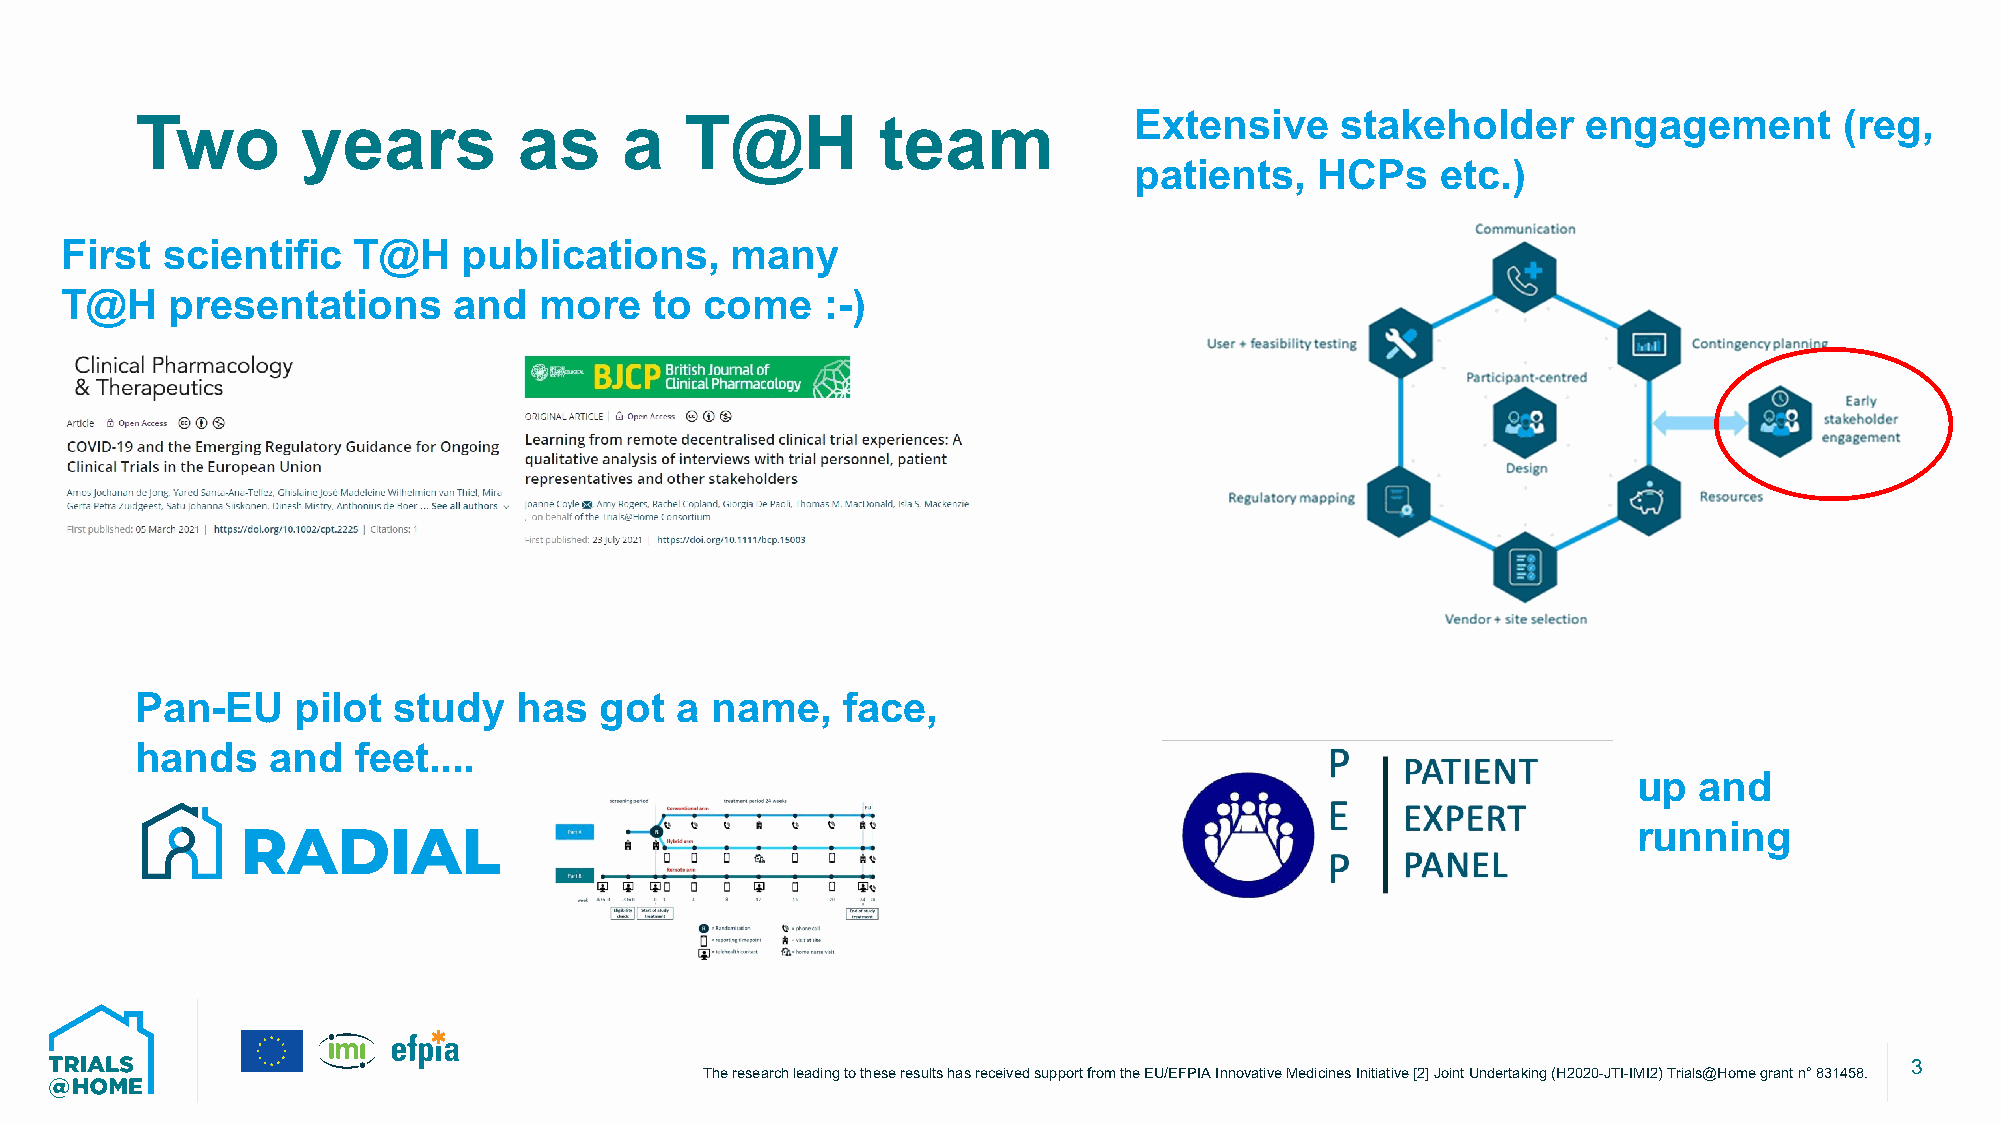
Two        years         as     a   T@H          team             Extensive     stakeholder     engagement       (reg,
 patients,   HCPs    etc.)
 First  scientific  T@H     publications,    many
 T@H    presentations      and   more   to  come    :-)
 Pan-EU     pilot study   has   got  a name,    face,
 hands    and  feet....
 up  and
 running
 3
 The research leading to these resultshas received support from the EU/EFPIA Innovative Medicines Initiative [2] Joint Undertaking (H2020-JTI-IMI2) Trials@Homegrant n°831458.